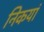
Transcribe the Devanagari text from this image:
निकयां